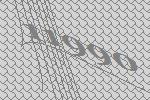
11990